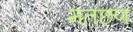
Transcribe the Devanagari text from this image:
मतछण